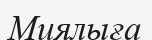
Миялыға